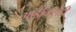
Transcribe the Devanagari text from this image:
गाडीवालेही